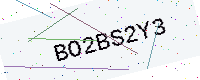
Text: BO2BS2Y3